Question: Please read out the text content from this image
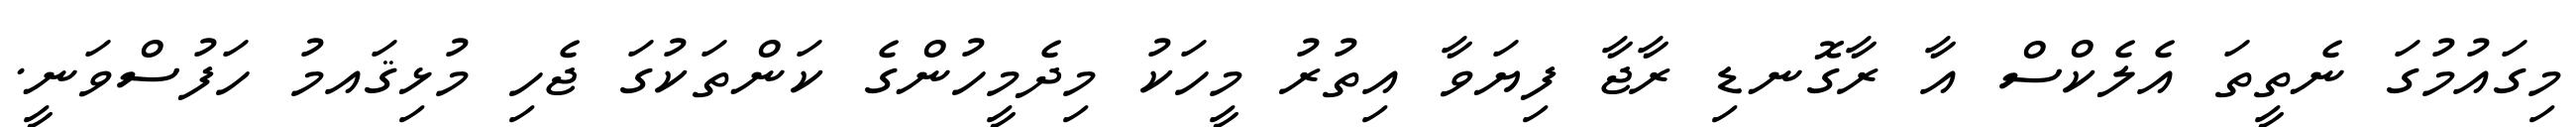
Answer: މިގައުމުގަ ނެތީތަ އެލެކްސް އާ ރާގޮނޑި ރާޖާ ފިޔަވާ އިތުރު މީހަކު މިދެމީހުންގެ ކަންތަކުގަ ޖެހި މުޅިޤައމު ހަފުސްވަނީ.